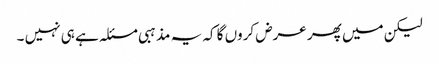
لیکن میں پھر عرض کروں گا کہ یہ مذہبی مسئلہ ہے ہی نہیں ۔